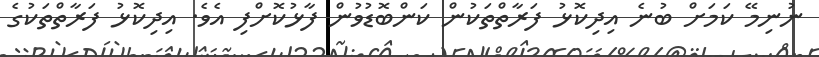
ނުނިމޭ ކަމަށް ބުނެ އިދިކޮޅު ފަރާތްތަކުން ކަންބޮޑުވުން ފާޅުކޮށްފި އެވެ. އިދިކޮޅު ފަރާތްތަކުގެ